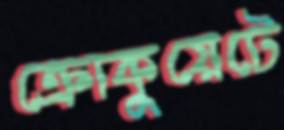
ক্রোকুয়েটে